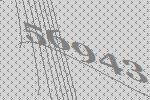
56943